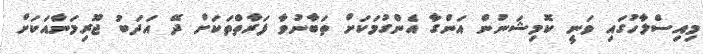
މިއިސްލާހުގައި ވަނީ ކޮމިޝަނުން އަންގާ އެންގުމަކަށް ތަބާނުވާ ފަރާތްތަކަށް ދޭ އަދަބު ޖޫރިމަނާއަކަށް